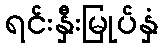
ရင်းနှီးမြုပ်နှံ